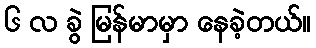
၆ လ ခွဲ မြန်မာမှာ နေခဲ့တယ်။